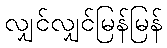
လျှင်လျှင်မြန်မြန်